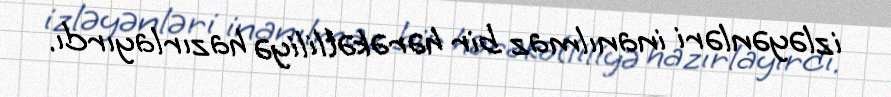
izləyənləri inanılmaz bir hərəkətliliyə hazırlayırdı.